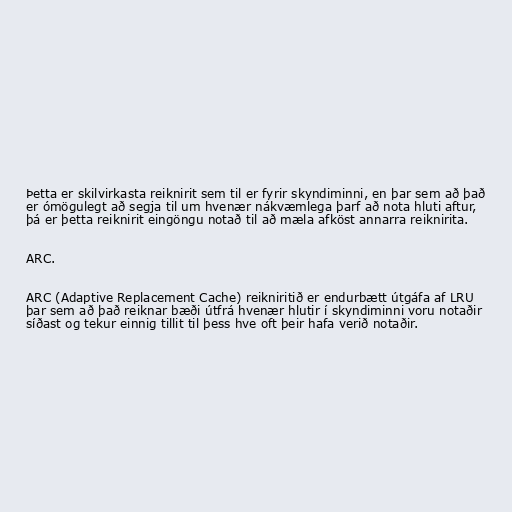
Þetta er skilvirkasta reiknirit sem til er fyrir skyndiminni, en þar sem að það
er ómögulegt að segja til um hvenær nákvæmlega þarf að nota hluti aftur,
þá er þetta reiknirit eingöngu notað til að mæla afköst annarra reiknirita.

ARC.

ARC (Adaptive Replacement Cache) reikniritið er endurbætt útgáfa af LRU
þar sem að það reiknar bæði útfrá hvenær hlutir í skyndiminni voru notaðir
síðast og tekur einnig tillit til þess hve oft þeir hafa verið notaðir.